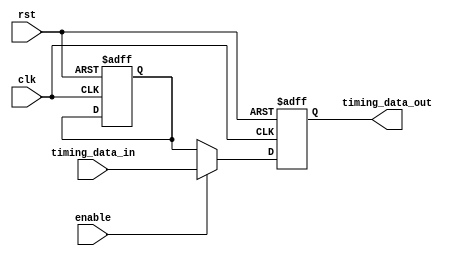
module FallbackBypassRegister (
    input wire clk,
    input wire rst,
    input wire enable,
    input wire [7:0] timing_data_in,
    output reg [7:0] timing_data_out
);

reg [7:0] primary_timing_data;

always @(posedge clk or negedge rst) begin
    if (~rst) begin
        primary_timing_data <= 8'h00;
        timing_data_out <= 8'h00;
    end else begin
        if (enable) begin
            timing_data_out <= timing_data_in;
        end else begin
            timing_data_out <= primary_timing_data;
        end
    end
end

endmodule